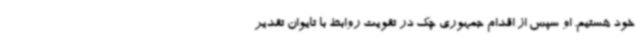
خود هستیم. او سپس از اقدام جمهوری چک در تقویت روابط با تایوان تقدیر